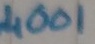
Text: 4001